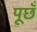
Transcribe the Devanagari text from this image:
पूछँ